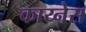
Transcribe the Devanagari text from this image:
काय्नेस